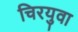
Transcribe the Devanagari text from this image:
चिरयुवा